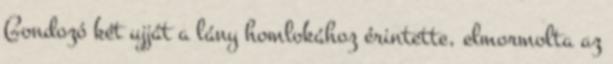
Gondozó két ujját a lány homlokához érintette, elmormolta az